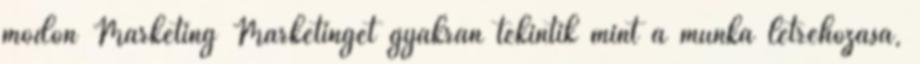
módon Marketing Marketinget gyakran tekintik mint a munka létrehozása,